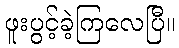
ဖူးပွင့်ခဲ့ကြလေပြီ။